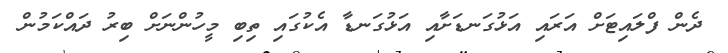
ދެން ފްލައިޓަށް އަރައި އަޅުގަނޑަށާއި އަޅުގަނޑާ އެކުގައި ތިބި މީހުންނަށް ބިރު ދައްކަމުން